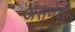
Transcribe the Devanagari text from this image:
असणेही